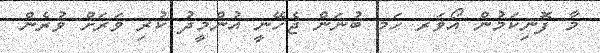
މާ ފޮނިކަމުން އޯވަރ ހަމ ބުނަން ޖެހޭނީ އުންމީދު ކުރި ވަރަށް ވުރެން